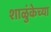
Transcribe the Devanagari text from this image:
शाळुंकेच्या